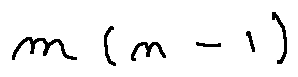
m ( n - 1 )